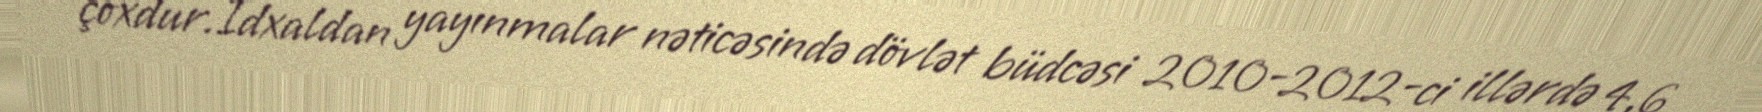
çoxdur.İdxaldan yayınmalar nəticəsində dövlət büdcəsi 2010-2012-ci illərdə 4,6